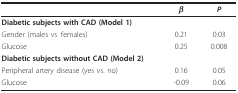
<table><thead><tr><td></td><td><b><i>β</i></b></td><td><b><i>P</i></b></td></tr></thead><tbody><tr><td><b>Diabetic subjects with CAD (Model 1)</b></td><td></td><td></td></tr><tr><td>Gender (males vs. females)</td><td>0.21</td><td>0.03</td></tr><tr><td>Glucose</td><td>0.25</td><td>0.008</td></tr><tr><td><b>Diabetic subjects without CAD (Model 2)</b></td><td></td><td></td></tr><tr><td>Peripheral artery disease (yes vs. no)</td><td>0.16</td><td>0.05</td></tr><tr><td>Glucose</td><td>-0.09</td><td>0.06</td></tr></tbody></table>